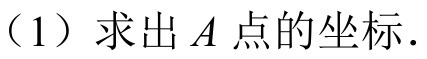
（1）求出\(A\)点的坐标.